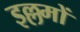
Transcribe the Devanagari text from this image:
इल्लमों